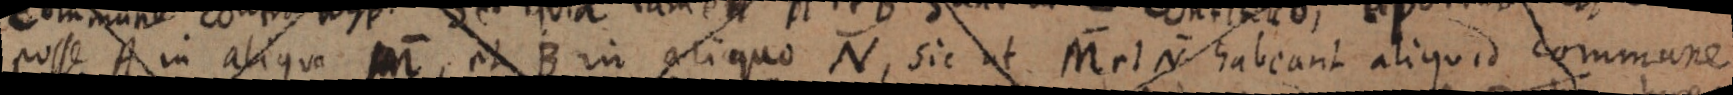
posse in aliquo M, et B in aliquo N, sic ut M et N habeanit aliquid commune